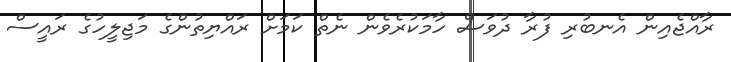
ރާއްޖެއިން އެނބުރި ފުރާ ދުވަސް ހާމަކުރެވެން ނެތް ކަމަށް ރައްޔިތުންގެ މަޖިލީހުގެ ރައީސް